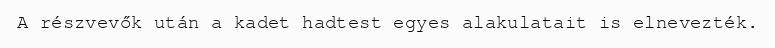
A részvevők után a kadet hadtest egyes alakulatait is elnevezték.